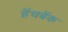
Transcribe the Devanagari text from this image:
हॅचबॅक